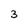
Character: 3